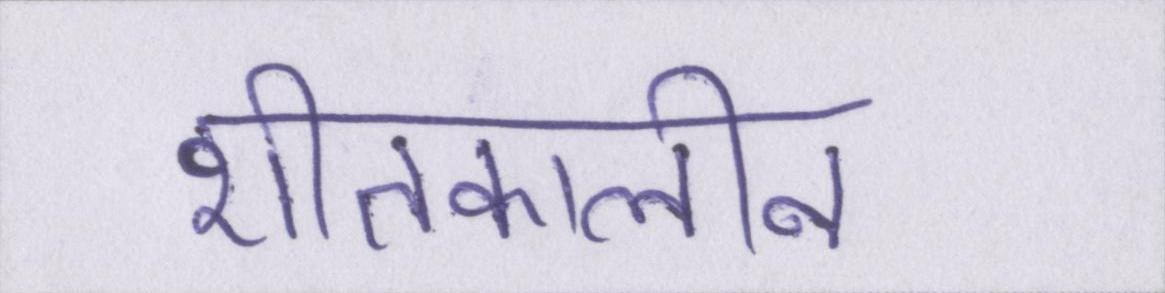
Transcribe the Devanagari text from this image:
शीतकालीन